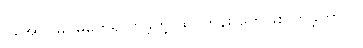
ပဲအောင်မြင်မှုတွေရလာခဲ့တဲ့ ထိပ်တန်း တွေဖြစ်လာခဲ့တာပါ။